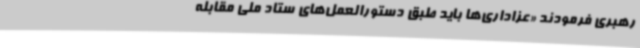
رهبری فرمودند «عزاداری‌ها باید طبق دستورالعمل‌های ستاد ملی مقابله